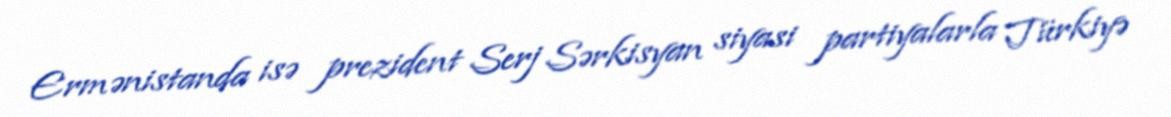
Ermənistanda isə prezident Serj Sərkisyan siyasi partiyalarla Türkiyə